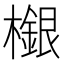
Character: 檭